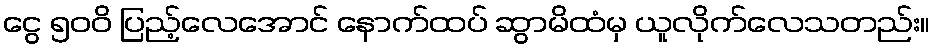
ငွေ ၅၀၀ိ ပြည့်လေအောင် နောက်ထပ် ဆွာမိထံမှ ယူလိုက်လေသတည်း။